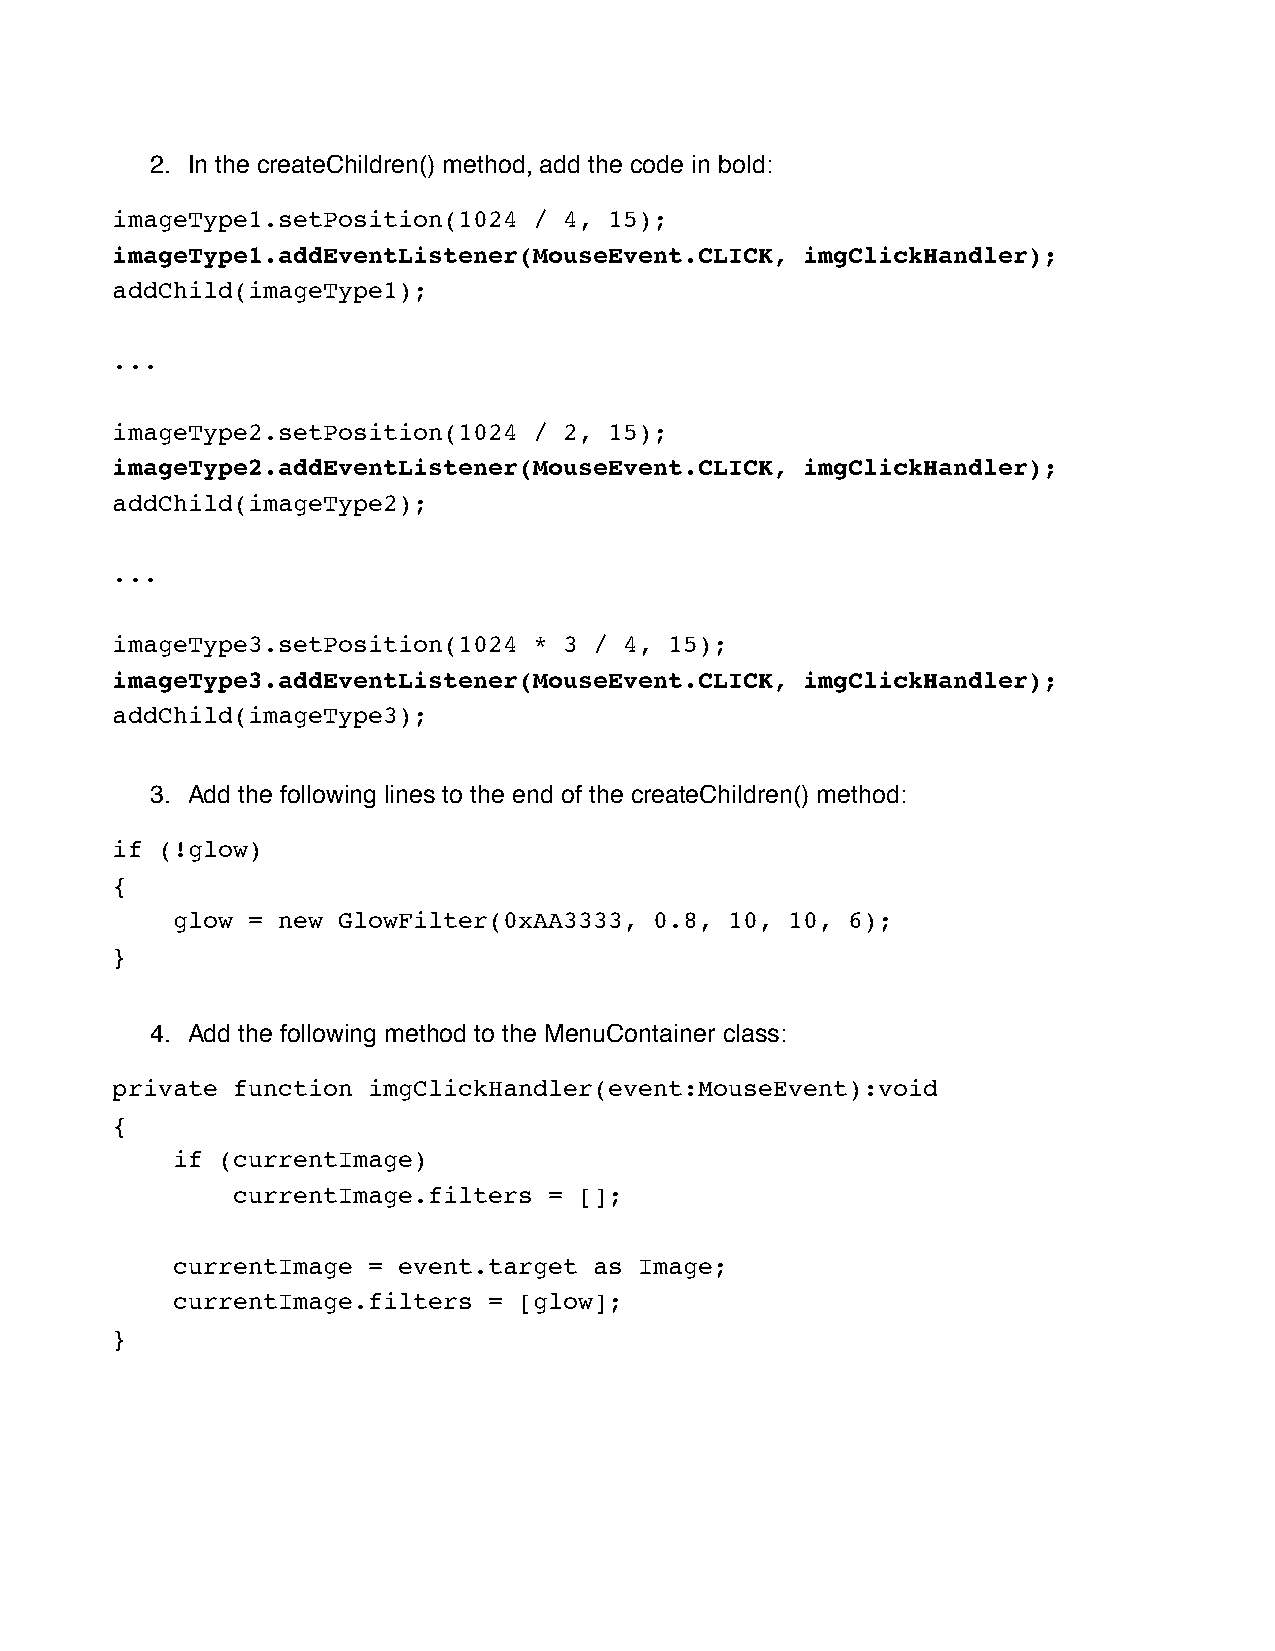
2. In the createChildren() method, add the code in bold:
 imageType1.setPosition(1024 / 4, 15);
 imageType1.addEventListener(MouseEvent.CLICK, imgClickHandler);
 addChild(imageType1);
 ...
 imageType2.setPosition(1024 / 2, 15);
 imageType2.addEventListener(MouseEvent.CLICK, imgClickHandler);
 addChild(imageType2);
 ...
 imageType3.setPosition(1024 * 3 / 4, 15);
 imageType3.addEventListener(MouseEvent.CLICK, imgClickHandler);
 addChild(imageType3);
 3. Add the following lines to the end of the createChildren() method:
 if (!glow)
 {
 glow = new GlowFilter(0xAA3333, 0.8, 10, 10, 6);
 }
 4. Add the following method to the MenuContainer class:
 private function imgClickHandler(event:MouseEvent):void
 {
 if (currentImage)
 currentImage.filters = [];
 currentImage = event.target as Image;
 currentImage.filters = [glow];
 }